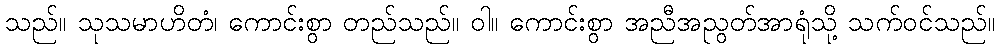
သည်။ သုသမာဟိတံ၊ ကောင်းစွာ တည်သည်။ ဝါ။ ကောင်းစွာ အညီအညွတ်အာရုံသို့ သက်ဝင်သည်။